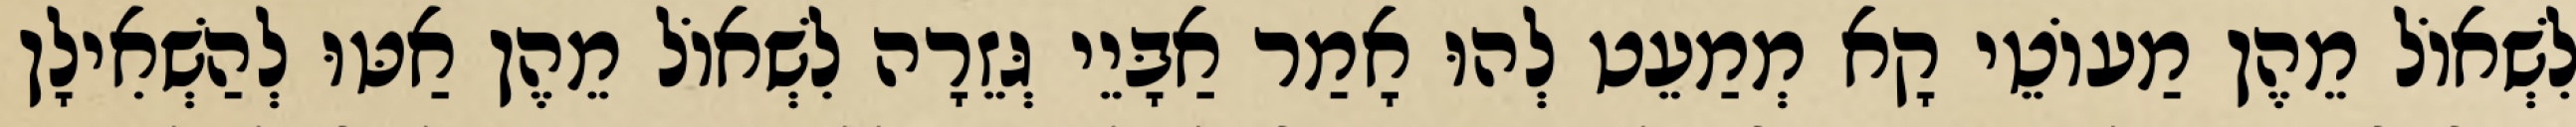
לִשְׁאוֹל מֵהֶן מַעוֹטֵי קָא מְמַעֵט לְהוּ אָמַר אַבָּיֵי גְּזֵרָה לִשְׁאוֹל מֵהֶן אַטּוּ לְהַשְׁאִילָן